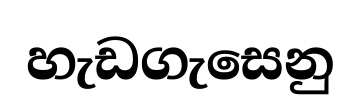
හැඩගැසෙනු